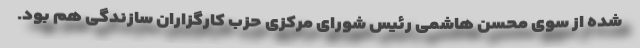
شده از سوی محسن هاشمی رئیس شورای مرکزی حزب کارگزاران سازندگی هم بود.